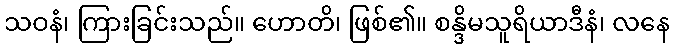
သဝနံ၊ ကြားခြင်းသည်။ ဟောတိ၊ ဖြစ်၏။ စန္ဒိမသူရိယာဒီနံ၊ လနေ